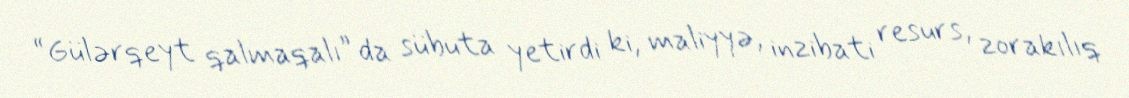
“Gülərqeyt qalmaqalı” da sübuta yetirdi ki, maliyyə, inzibati resurs, zorakılıq